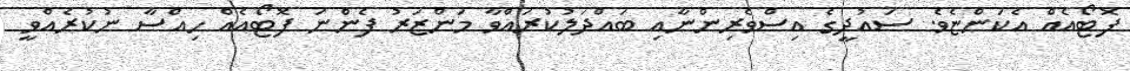
ފޮޓޯއެއް އެކަންޏެވެ. ސައުދީގެ އިސްވެރިންނާއި ބައްދަލުކުރައްވާ މަންޒަރު ފެންނަ ފޮޓޯއެއް ހިއްސާ ނުކުރެއްވީ